Civil Veterinary Department. Madras. Admin. report 1926-33 - 1926-1933
Year: 1926
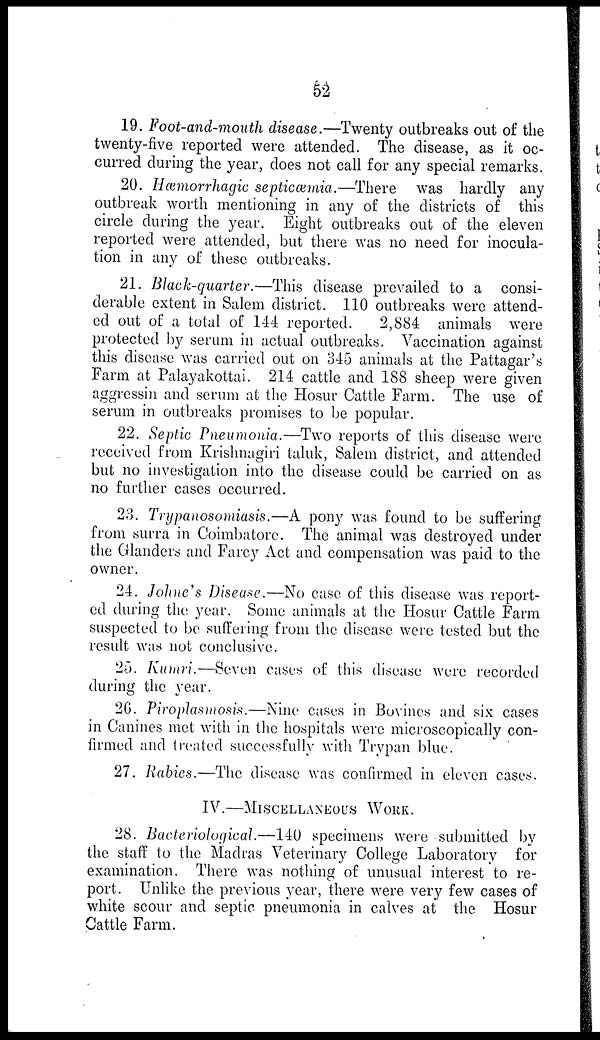
52
19. Foot-and-mouth disease.—Twenty outbreaks out of the
twenty-five reported were attended. The disease, as it oc-
curred during the year, does not call for any special remarks.
20. Hæmorrhagic septicæmia.—There
was hardly any
outbreak worth mentioning in any of the districts of this
circle during the year. Eight outbreaks out of the eleven
reported were attended, but there was no need for inocula-
tion in any of these outbreaks.
21. Black-quarter.—This disease prevailed to a consi-
derable extent in Salem district. 110 outbreaks were attend-
ed out of a total of 144 reported.
2,884 animals were
protected by serum in actual outbreaks. Vaccination against
this disease was carried out on 345 animals at the Pattagar's
Farm at Palayakottai. 214 cattle and 188 sheep were given
aggressin and serum at the Hosur Cattle Farm. The use of
serum in outbreaks promises to be popular.
22. Septic Pneumonia.—Two reports of this disease were
received from Krishnagiri taluk, Salem district, and attended
but no investigation into the disease could be carried on as
no further cases occurred.
23. Trypanosomiasis.—A pony was found to be suffering
from surra in Coimbatore. The animal was destroyed under
the Glanders and Farcy Act and compensation was paid to the
owner.
24. Johne's Disease.—No case of this disease was report-
ed during the year. Some animals at the Hosur Cattle Farm
suspected to be suffering from the disease were tested but the
result was not conclusive.
25. Kumri.—Seven cases of this disease were recorded
during the year.
26. Piroplasmosis.—Nine cases in Bovines and six cases
in Canines met with in the hospitals were microscopically con-
firmed and treated successfully with Trypan blue.
27. Rabies.—The disease was confirmed in eleven cases.
IV.—MISCELLANEOUS WORK.
28. Bacteriological.—140 specimens were submitted by
the staff to the Madras Veterinary College Laboratory for
examination. There was nothing of unusual interest to re-
port. Unlike the previous year, there were very few cases of
white scour and septic pneumonia in calves at the Hosur
Cattle Farm.